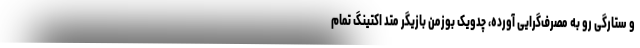
و ستارگی رو به مصرف‌گرایی آورده، چدویک بوزمن بازیگر متد اکتینگ تمام